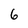
Character: 6